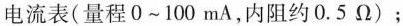
电流表(量程 0~100 mA，内阻约0. 5 Ω)；